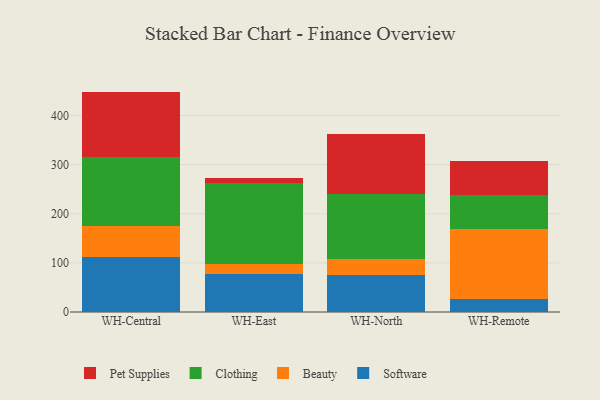
{"axis": {"x": "Warehouse", "y": "Operating Costs (USD K)"}, "legend": ["Beauty", "Clothing", "Pet Supplies", "Software"], "data": [{"x": "WH-Central", "y": 111.0, "type": "Software"}, {"x": "WH-Central", "y": 65.0, "type": "Beauty"}, {"x": "WH-Central", "y": 139.2, "type": "Clothing"}, {"x": "WH-Central", "y": 133.3, "type": "Pet Supplies"}, {"x": "WH-East", "y": 78.3, "type": "Software"}, {"x": "WH-East", "y": 20.3, "type": "Beauty"}, {"x": "WH-East", "y": 163.5, "type": "Clothing"}, {"x": "WH-East", "y": 10.2, "type": "Pet Supplies"}, {"x": "WH-North", "y": 75.2, "type": "Software"}, {"x": "WH-North", "y": 33.4, "type": "Beauty"}, {"x": "WH-North", "y": 130.8, "type": "Clothing"}, {"x": "WH-North", "y": 122.9, "type": "Pet Supplies"}, {"x": "WH-Remote", "y": 26.4, "type": "Software"}, {"x": "WH-Remote", "y": 141.9, "type": "Beauty"}, {"x": "WH-Remote", "y": 70.2, "type": "Clothing"}, {"x": "WH-Remote", "y": 68.7, "type": "Pet Supplies"}]}